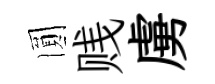
圎贱虜